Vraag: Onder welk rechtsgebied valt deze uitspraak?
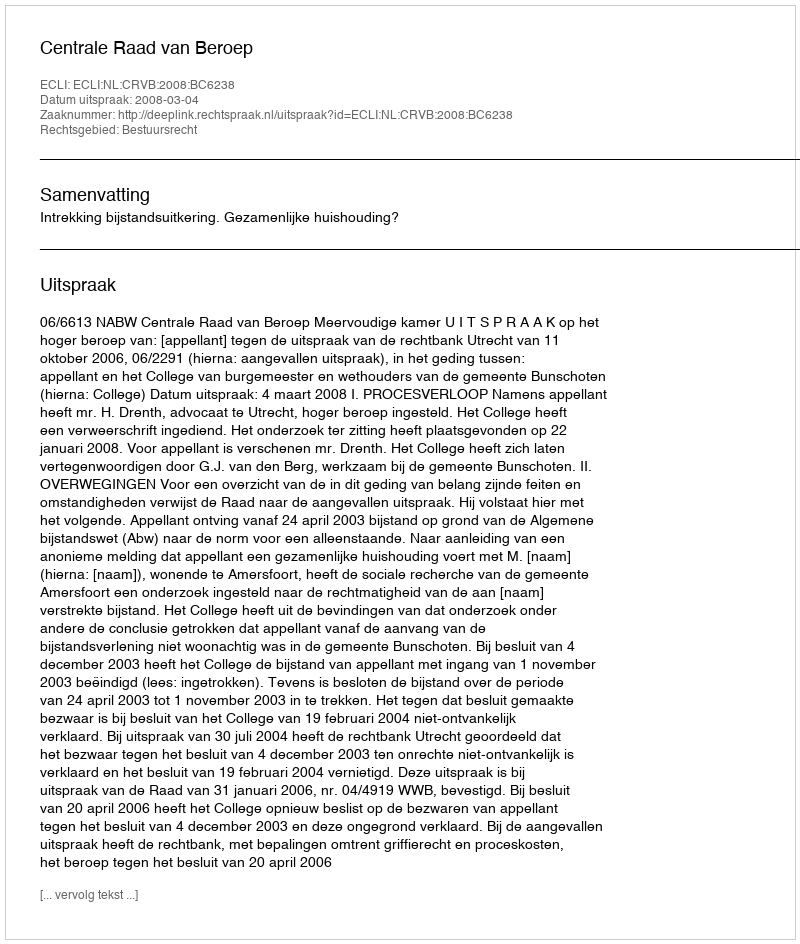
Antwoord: Bestuursrecht